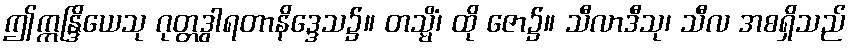
ဤဣန္ဒြိယေသု ဂုတ္တဒွါရတာနိဒ္ဒေသ၌။ တသ္မိံ၊ ထို ဇော၌။ သီလာဒီသု၊ သီလ အစရှိသည်